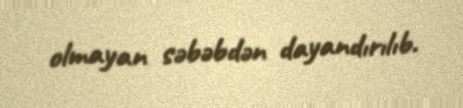
olmayan səbəbdən dayandırılıb.